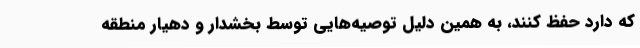
که دارد حفظ کنند، به همین دلیل توصیه‌هایی توسط بخشدار و دهیار منطقه